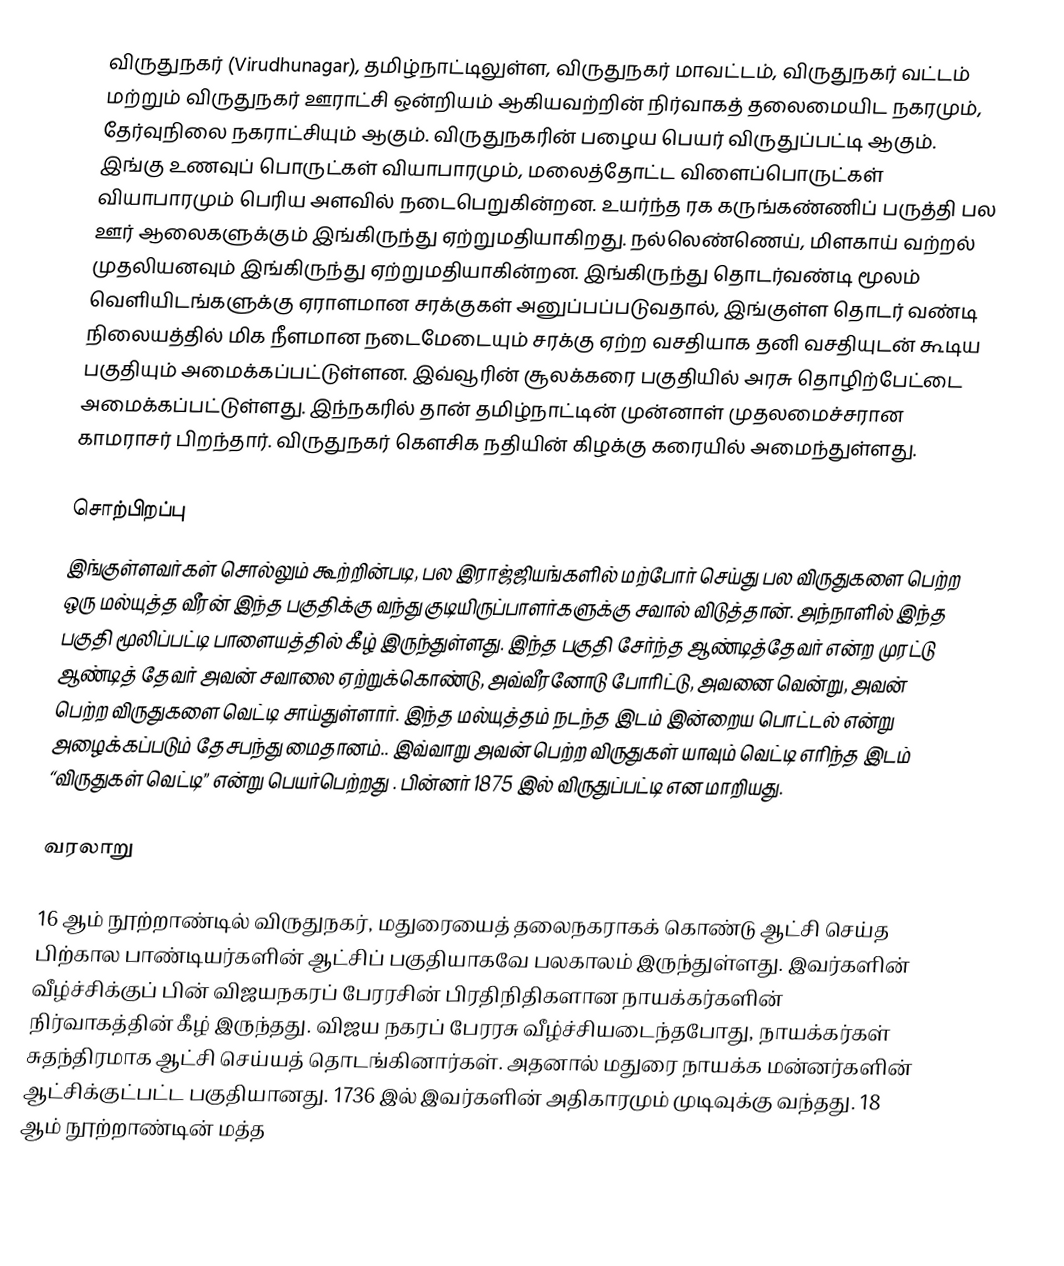
விருதுநகர் (Virudhunagar), தமிழ்நாட்டிலுள்ள, விருதுநகர் மாவட்டம், விருதுநகர் வட்டம் மற்றும் விருதுநகர் ஊராட்சி ஒன்றியம் ஆகியவற்றின் நிர்வாகத் தலைமையிட நகரமும், தேர்வுநிலை நகராட்சியும் ஆகும். விருதுநகரின் பழைய பெயர் விருதுப்பட்டி ஆகும். இங்கு உணவுப் பொருட்கள் வியாபாரமும், மலைத்தோட்ட விளைப்பொருட்கள் வியாபாரமும் பெரிய அளவில் நடைபெறுகின்றன. உயர்ந்த ரக கருங்கண்ணிப் பருத்தி பல ஊர் ஆலைகளுக்கும் இங்கிருந்து ஏற்றுமதியாகிறது. நல்லெண்ணெய், மிளகாய் வற்றல் முதலியனவும் இங்கிருந்து ஏற்றுமதியாகின்றன. இங்கிருந்து தொடர்வண்டி மூலம் வெளியிடங்களுக்கு ஏராளமான சரக்குகள் அனுப்பப்படுவதால், இங்குள்ள தொடர் வண்டி நிலையத்தில் மிக நீளமான நடைமேடையும் சரக்கு ஏற்ற வசதியாக தனி வசதியுடன் கூடிய பகுதியும் அமைக்கப்பட்டுள்ளன. இவ்வூரின் சூலக்கரை பகுதியில் அரசு தொழிற்பேட்டை அமைக்கப்பட்டுள்ளது. இந்நகரில் தான் தமிழ்நாட்டின் முன்னாள் முதலமைச்சரான காமராசர் பிறந்தார். விருதுநகர் கெளசிக நதியின் கிழக்கு கரையில் அமைந்துள்ளது.

சொற்பிறப்பு
இங்குள்ளவர்கள் சொல்லும் கூற்றின்படி, பல இராஜ்ஜியங்களில்  மற்போர் செய்து பல விருதுகளை பெற்ற ஒரு மல்யுத்த வீரன் இந்த பகுதிக்கு   வந்து குடியிருப்பாளர்களுக்கு சவால் விடுத்தான். அந்நாளில் இந்த பகுதி மூலிப்பட்டி பாளையத்தில் கீழ் இருந்துள்ளது. இந்த பகுதி சேர்ந்த ஆண்டித்தேவர் என்ற முரட்டு ஆண்டித் தேவர் அவன் சவாலை ஏற்றுக்கொண்டு, அவ்வீரனோடு போரிட்டு, அவனை வென்று, அவன் பெற்ற விருதுகளை வெட்டி சாய்துள்ளார். இந்த மல்யுத்தம் நடந்த இடம் இன்றைய பொட்டல் என்று அழைக்கப்படும் தேசபந்து மைதானம்.. இவ்வாறு அவன் பெற்ற விருதுகள் யாவும் வெட்டி எரிந்த இடம் “விருதுகள் வெட்டி” என்று பெயர்பெற்றது . பின்னர் 1875 இல் விருதுப்பட்டி என மாறியது.

வரலாறு

16 ஆம் நூற்றாண்டில் விருதுநகர், மதுரையைத் தலைநகராகக் கொண்டு ஆட்சி செய்த பிற்கால பாண்டியர்களின் ஆட்சிப் பகுதியாகவே பலகாலம் இருந்துள்ளது. இவர்களின் வீழ்ச்சிக்குப் பின் விஜயநகரப் பேரரசின் பிரதிநிதிகளான நாயக்கர்களின் நிர்வாகத்தின் கீழ் இருந்தது. விஜய நகரப் பேரரசு வீழ்ச்சியடைந்தபோது, நாயக்கர்கள் சுதந்திரமாக ஆட்சி செய்யத் தொடங்கினார்கள். அதனால் மதுரை நாயக்க மன்னர்களின் ஆட்சிக்குட்பட்ட பகுதியானது. 1736 இல் இவர்களின் அதிகாரமும் முடிவுக்கு வந்தது. 18 ஆம் நூற்றாண்டின் மத்த